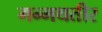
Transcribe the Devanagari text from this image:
मन्मथतीर